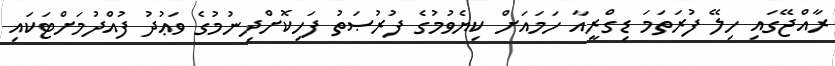
ރާއްޖޭގައި ހިލޭ ފުރަތަމަ ޑިގްރީއާ ހަމައަށް ކިޔެވުމުގެ ފުރުޞަތު ފަހިކޮށްދިނުމުގެ ވަޢުދު ފުއްދުމަށްޓަކައި